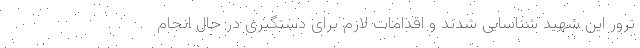
ترور این شهید شناسایی شدند و اقدامات لازم برای دستگیری در حال انجام